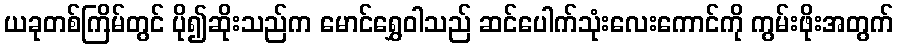
ယခုတစ်ကြိမ်တွင် ပို၍ဆိုးသည်က မောင်ရွှေဝါသည် ဆင်ပေါက်သုံးလေးကောင်ကို ကွမ်းဖိုးအတွက်